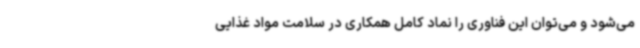
می‌شود و می‌توان این فناوری را نماد کامل همکاری در سلامت مواد غذایی